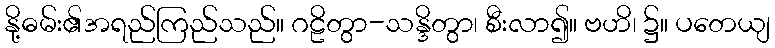
နို့ဓမ်း၏အရည်ကြည်သည်။ ဂဠိတွာ-သန္ဒိတွာ၊ စီးလာ၍။ ဗဟိ၊ ၌။ ပတေယျ